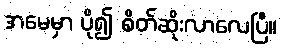
အမေမှာ ပို၍ စိတ်ဆိုးလာလေပြီ။